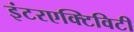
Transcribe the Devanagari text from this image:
इंटरएक्टिविटी